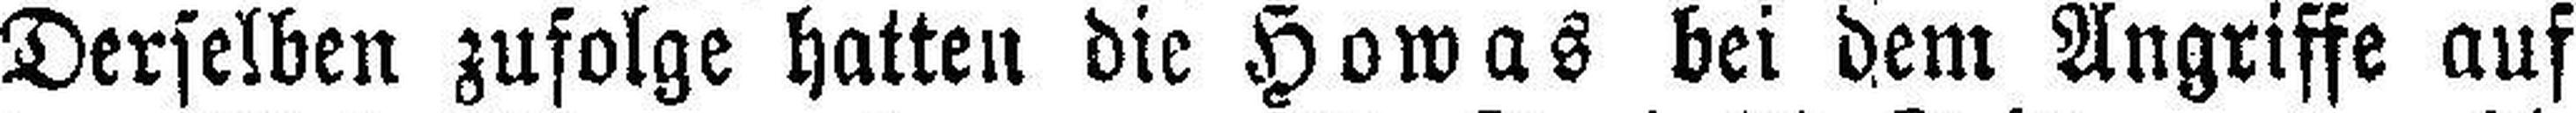
Derselben zufolge hatten die Howas bei dem Angriffe auf